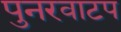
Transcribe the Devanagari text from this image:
पुनरवाटप